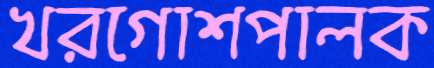
খরগোশপালক